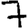
Digit: 7